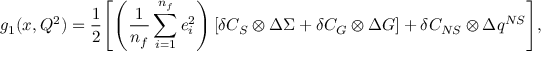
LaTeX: g _ { 1 } ( x , Q ^ { 2 } ) = \frac { 1 } { 2 } \Biggl [ \left( \frac { 1 } { n _ { f } } \sum _ { i = 1 } ^ { n _ { f } } e _ { i } ^ { 2 } \right) \left[ \delta C _ { S } \otimes \Delta \Sigma + \delta C _ { G } \otimes \Delta G \right] + \delta C _ { N S } \otimes \Delta q ^ { N S } \Biggr ] ,